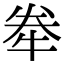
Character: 牶